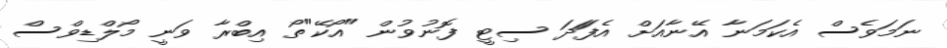
ނަމަވެސް އެކަމަނާ އޭނާއަށް އެފަަދަ ސިޓީ ފޮނުވުން "އޯކޭ"ތޯ އިބްރާ ވަނީ މޯލްޑިވްސް